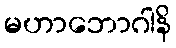
မဟာဘောဂါနိ